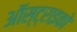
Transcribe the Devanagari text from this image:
ऑस्ट्राइको